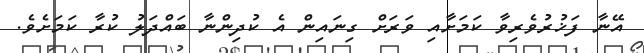
އޭނާ ފަޚުރުވެރިވާ ކަމަށާއި ވަރަށް ގިނައިން އެ ކުދިންނާ ބައްދަލު ކުރާ ކަމަށެވެ.